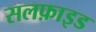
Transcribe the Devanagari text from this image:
सलफ़ाइड